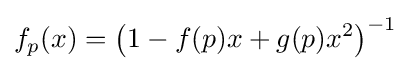
f_{p}(x)=\left(1-f(p)x+g(p)x^{2}\right)^{-1}